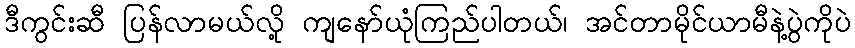
ဒီကွင်းဆီ ပြန်လာမယ်လို့ ကျနော်ယုံကြည်ပါတယ်၊ အင်တာမိုင်ယာမီနဲ့ပွဲကိုပဲ